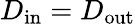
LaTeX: D_{\mathrm{in}}=D_{\mathrm{out}}